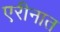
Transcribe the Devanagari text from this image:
एरीनात